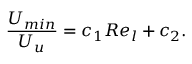
\frac { U _ { m i n } } { U _ { u } } = c _ { 1 } R e _ { l } + c _ { 2 } .